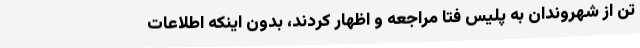
تن از شهروندان به پلیس فتا مراجعه و اظهار کردند، بدون اینکه اطلاعات